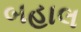
બહાલ